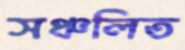
সঞ্চলিত